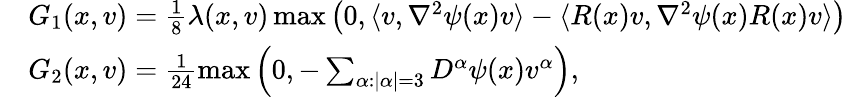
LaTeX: \begin{array}{rl}&{G_{1}(x,v)=\frac{1}{8}\lambda(x,v)\operatorname*{max}\left(0,\langle v,\nabla^{2}\psi(x)v\rangle-\langle R(x)v,\nabla^{2}\psi(x)R(x)v\rangle\right)}\\ &{G_{2}(x,v)=\frac{1}{24}\operatorname*{max}\left(0,-\sum_{\alpha:\lvert\alpha\rvert=3}D^{\alpha}\psi(x)v^{\alpha}\right),}\end{array}